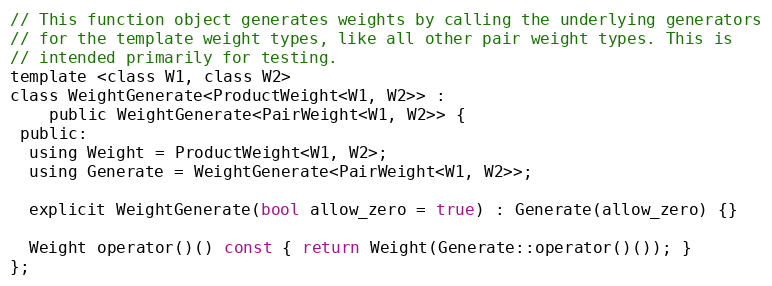
Language: C
// This function object generates weights by calling the underlying generators
// for the template weight types, like all other pair weight types. This is
// intended primarily for testing.
template <class W1, class W2>
class WeightGenerate<ProductWeight<W1, W2>> :
    public WeightGenerate<PairWeight<W1, W2>> {
 public:
  using Weight = ProductWeight<W1, W2>;
  using Generate = WeightGenerate<PairWeight<W1, W2>>;

  explicit WeightGenerate(bool allow_zero = true) : Generate(allow_zero) {}

  Weight operator()() const { return Weight(Generate::operator()()); }
};